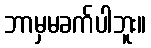
ဘာမှမခက်ပါဘူး။